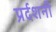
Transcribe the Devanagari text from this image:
प्रर्दशनी